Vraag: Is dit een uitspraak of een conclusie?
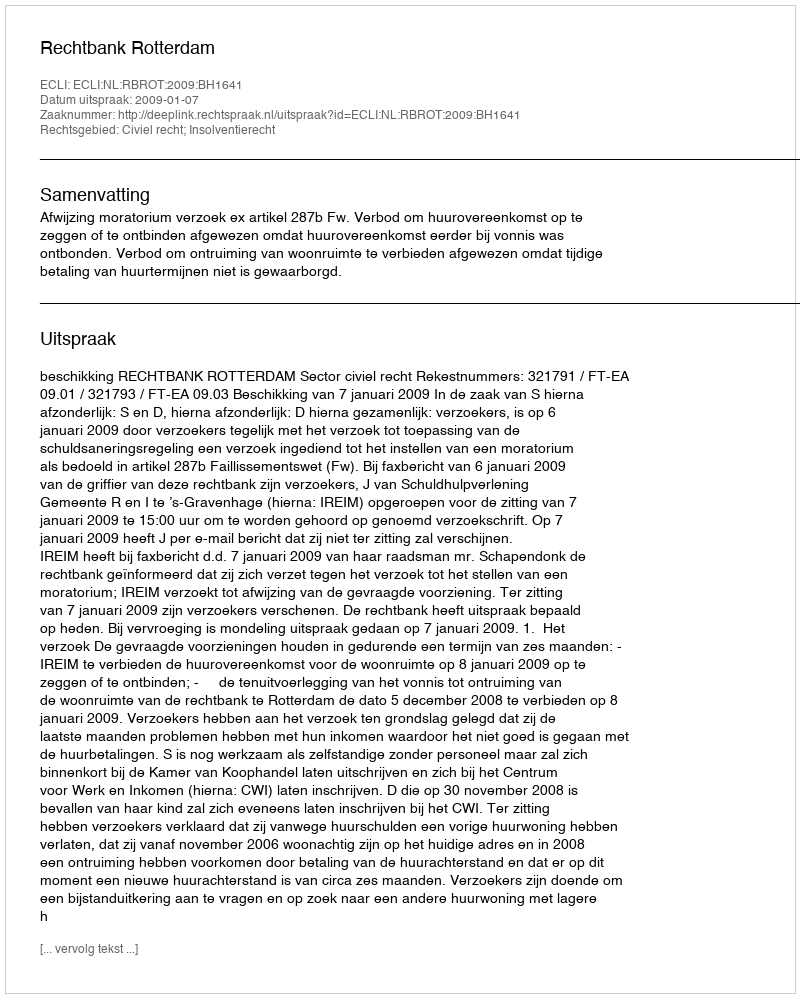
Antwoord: Uitspraak